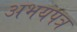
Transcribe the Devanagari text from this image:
अभयपत्र